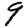
Digit: 9